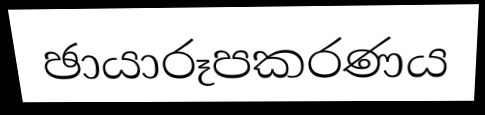
ඡායාරූපකරණය